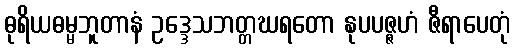
ဓုရိယဓမ္မဘူတာနံ ဥဒ္ဒေသဘတ္တဃရတော နုပပဇ္ဇဟံ ဇီရာပေတုံ